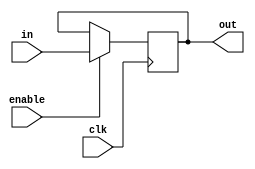
`timescale 1ns / 1ps

module gpioreg(
input [31:0] in,
input clk,
input enable,
output reg [31:0] out
    );

always@(posedge clk)
begin
if (enable)
    begin
    out=in;
    end
else
    begin
    out=out;
    end
end
endmodule